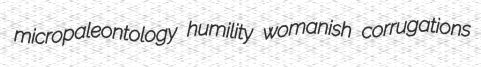
micropaleontology humility womanish corrugations